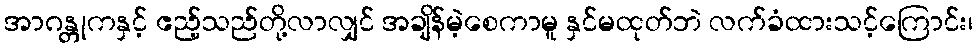
အာဂန္တုကနှင့် ဧည့်သည်တို့လာလျှင် အချိန်မဲ့စေကာမူ နှင်မထုတ်ဘဲ လက်ခံထားသင့်ကြောင်း၊